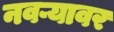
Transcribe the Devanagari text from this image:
नवऱ्यावर